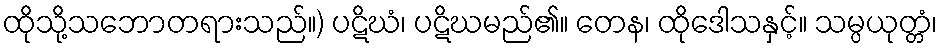
ထိုသို့သဘောတရားသည်။) ပဋိဃံ၊ ပဋိဃမည်၏။ တေန၊ ထိုဒေါသနှင့်။ သမ္ပယုတ္တံ၊